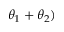
\theta _ { 1 } + \theta _ { 2 } )